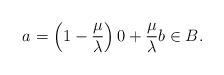
LaTeX: \begin{align*}a=\left(1-\frac{\mu}{\lambda}\right)0+\frac{\mu}{\lambda}b\in B.\end{align*}